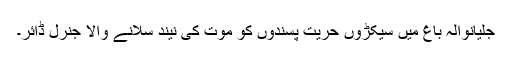
جلیانوالہ باغ میں سیکڑوں حریت پسندوں کو موت کی نیند سلانے والا جنرل ڈائر۔